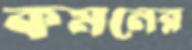
কমনের